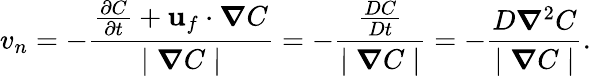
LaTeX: v_{n}=-\frac{\frac{\partial C}{\partial t}+\textbf{u}_{f}\cdot\boldsymbol\nabla C}{\mid\boldsymbol\nabla C\mid}=-\frac{\frac{DC}{Dt}}{\mid\boldsymbol\nabla C\mid}=-\frac{D\boldsymbol\nabla^{2}C}{\mid\boldsymbol\nabla C\mid}.